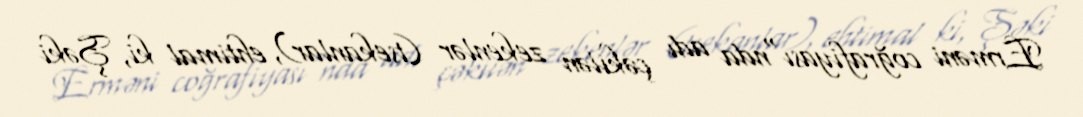
Erməni coğrafiyası"nda adı çəkilən zekenlər (tsekanlar), ehtimal ki, Şəki